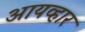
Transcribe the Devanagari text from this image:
आयव्हार